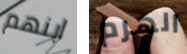
ابنهم الهرم